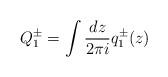
LaTeX: \begin{align*}Q^{\pm}_{1}=\int {dz\over 2\pi i} q_{1}^{\pm}(z)\end{align*}